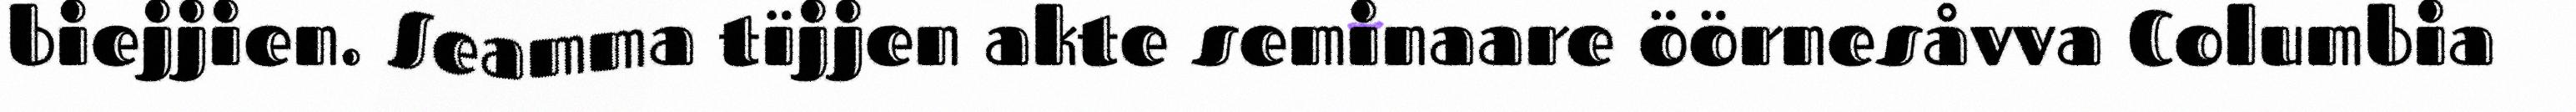
biejjien. Seamma tïjjen akte seminaare öörnesåvva Columbia